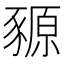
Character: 豲